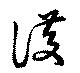
護